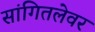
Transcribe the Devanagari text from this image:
सांगितलेवर